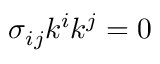
\sigma _ { i j } k ^ { i } k ^ { j } = 0